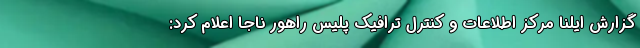
گزارش ایلنا مرکز اطلاعات و کنترل ترافیک پلیس راهور ناجا اعلام کرد: